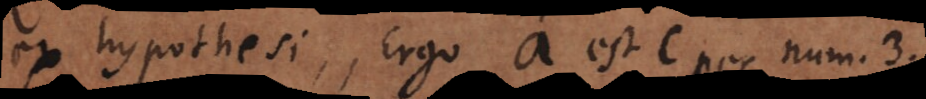
ex hypothesi, Ergo a est c per num. 3.